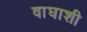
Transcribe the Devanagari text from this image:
वाघाशी